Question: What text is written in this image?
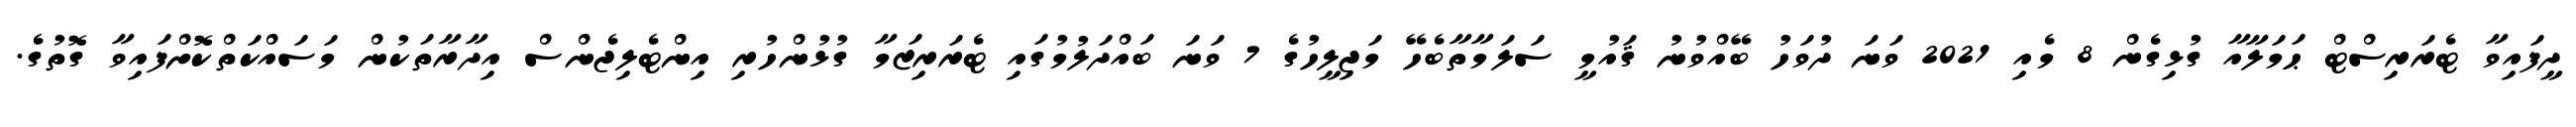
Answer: ދީފައިވާ ޓެރަރިސްޓް ޙަމަލާއާ ގުޅިގެން 8 މެއި 2021 ވަނަ ދުވަހު ބޭއްވުނު ޤައުމީ ސަލަމާތާބެހޭ މަޖިލީހުގެ 7 ވަނަ ބައްދަލުމުގައި ޓެރަރިޒަމާ ގުޅުންހުރި އިންޓެލިޖެންސް އިދާރާތަކުން މަސައްކަތްކޮށްފައިވާ ގޮތުގެ.